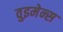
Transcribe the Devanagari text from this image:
वुइमेन्स